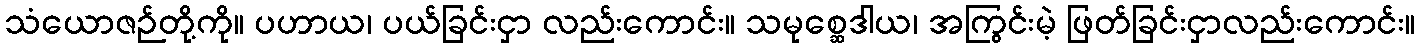
သံယောဇဉ်တို့ကို။ ပဟာယ၊ ပယ်ခြင်းငှာ လည်းကောင်း။ သမုစ္ဆေဒါယ၊ အကြွင်းမဲ့ ဖြတ်ခြင်းငှာလည်းကောင်း။